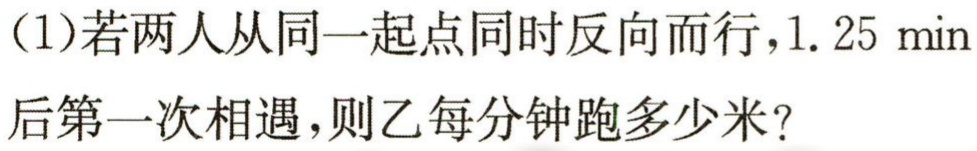
(1)若两人从同一起点同时反向而行，$1.25\mathrm{min}$后第一次相遇，则乙每分钟跑多少米？